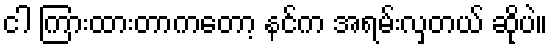
ငါ ကြားထားတာကတော့ နင်က အရမ်းလှတယ် ဆိုပဲ။